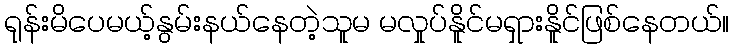
ရုန်းမိပေမယ့်နွမ်းနယ်နေတဲ့သူမ မလှုပ်နိူင်မရှားနိူင်ဖြစ်နေတယ်။